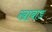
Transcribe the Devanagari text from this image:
खाबाड